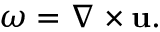
\omega = \nabla \times \mathbf { u } .